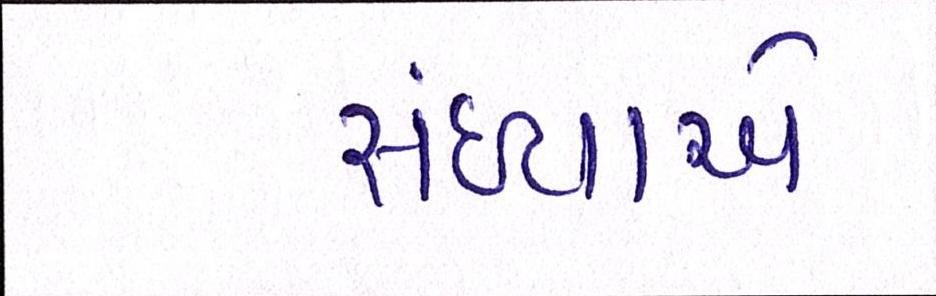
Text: સંધ્યાએ